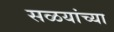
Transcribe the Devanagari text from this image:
सळयांच्या